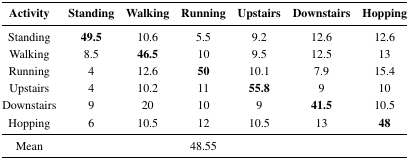
| Activity | Standing | Walking | Running | Upstairs | Downstairs | Hopping |
 | --- | --- | --- | --- | --- | --- | --- |
 | Standing | 49.5 | 10.6 | 5.5 | 9.2 | 12.6 | 12.6 |
 | Walking | 8.5 | 46.5 | 10 | 9.5 | 12.5 | 13 |
 | Running | 4 | 12.6 | 50 | 10.1 | 7.9 | 15.4 |
 | Upstairs | 4 | 10.2 | 11 | 55.8 | 9 | 10 |
 | Downstairs | 9 | 20 | 10 | 9 | 41.5 | 10.5 |
 | Hopping | 6 | 10.5 | 12 | 10.5 | 13 | 48 |
 | Mean |  |  | 48.55 |  |  |  |